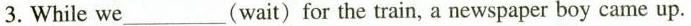
3.While we____(wait) for the train, a newspaper boy came up.